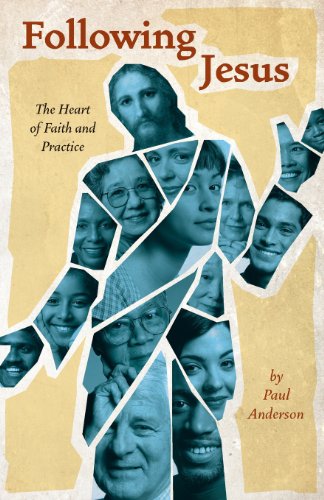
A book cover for Following Jesus; Paul Anderson; Christian Books & Bibles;